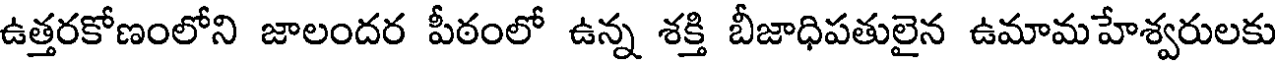
ఉత్తరకోణంలోని జాలందర పీఠంలో ఉన్న శక్తి బీజాధిపతులైన ఉమామహేశ్వరులకు